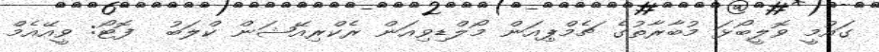
ގައުމީ ވޮލީބޯޅަ މުބާރާތުގެ ޗެމްޕިއަން މޯލްޑިވިއަން ރެކްރިއޭޝަން ކްލަބު  ފޮޓޯ: ވީއޭއެމް